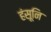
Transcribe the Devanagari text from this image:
हंसूनि